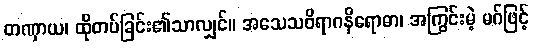
တဏှာယ၊ ထိုတပ်ခြင်း၏သာလျှင်။ အသေသဝိရာဂနိရောဓာ၊ အကြွင်းမဲ့ မဂ်ဖြင့်